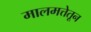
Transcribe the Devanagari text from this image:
मालमत्तेतून